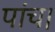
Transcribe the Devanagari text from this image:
पांच।